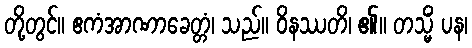
တို့တွင်။ ဧကံအာဏာခေတ္တံ၊ သည်။ ဝိနဿတိ၊ ၏။ တသ္မိံ ပန၊